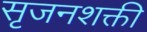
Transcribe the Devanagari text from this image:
सृजनशक्ती